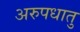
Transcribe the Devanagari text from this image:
अरुपधातु